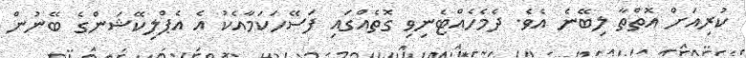
ކުރިއަށް އޮތްތާ ލިބޭނެ އެވެ. ދެމެހެއްޓެނިވި ގޮތެއްގައި ފަސޭހަކަމާއެކު އެ އެޕްލިކޭޝަންގެ ބޭނުން